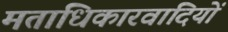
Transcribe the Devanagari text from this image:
मताधिकारवादियों